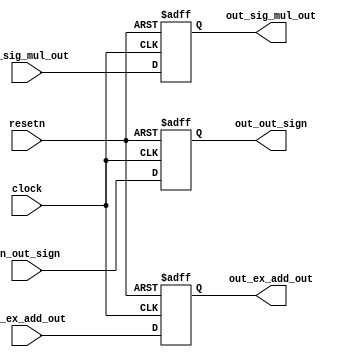
`timescale 1ns / 1ps
//////////////////////////////////////////////////////////////////////////////////
// Company: 
// Engineer: 
// 
// Design Name: 
// Module Name:    step3_status 
// Project Name: 
// Target Devices: 
// Tool versions: 
// Description: 
//
// Dependencies: 
//
// Revision: 
// Revision 0.01 - File Created
// Additional Comments: 
//
//////////////////////////////////////////////////////////////////////////////////
module step3_status(clock, resetn, in_out_sign, in_ex_add_out, in_sig_mul_out, out_out_sign, out_ex_add_out, out_sig_mul_out);
	input clock, resetn;
	
	input in_out_sign;
	input [7:0] in_ex_add_out;
	input [21:0] in_sig_mul_out;
	
	output reg out_out_sign;
	output reg [7:0] out_ex_add_out;
	output reg [21:0] out_sig_mul_out;
	
	always@(posedge clock, negedge resetn) begin
		if(!resetn) begin
			out_out_sign <=0;
			out_ex_add_out <= 0;
			out_sig_mul_out <= 0;
		end
		else begin	
			out_out_sign <= in_out_sign;
			out_ex_add_out <= in_ex_add_out;
			out_sig_mul_out <= in_sig_mul_out;
		end
	end

endmodule